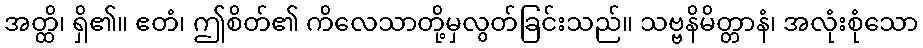
အတ္ထိ၊ ရှိ၏။ ဧတံ၊ ဤစိတ်၏ ကိလေသာတို့မှလွတ်ခြင်းသည်။ သဗ္ဗနိမိတ္တာနံ၊ အလုံးစုံသော